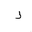
Letter: _thal